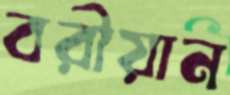
বরীয়ান